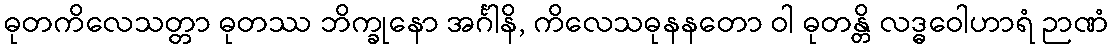
ဓုတကိလေသတ္တာ ဓုတဿ ဘိက္ခုနော အင်္ဂါနိ, ကိလေသဓုနနတော ဝါ ဓုတန္တိ လဒ္ဓဝေါဟာရံ ဉာဏံ